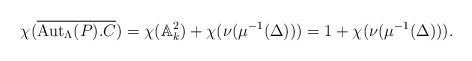
LaTeX: \begin{align*}\chi(\overline{\mathrm{Aut}_\Lambda(P) . C}) = \chi(\mathbb{A}^2_k) + \chi(\nu(\mu^{-1}(\Delta))) = 1 + \chi(\nu(\mu^{-1}(\Delta))).\end{align*}